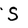
Character: S